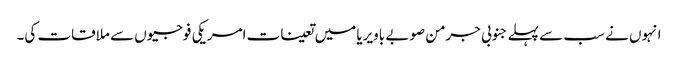
انہوں نے سب سے پہلے جنوبی جرمن صوبے باویریا میں تعینات امریکی فوجیوں سے ملاقات کی۔